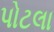
પોટલા